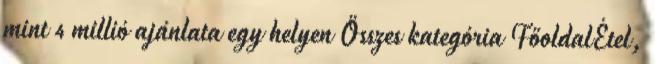
mint 4 millió ajánlata egy helyen Összes kategória FőoldalÉtel,